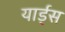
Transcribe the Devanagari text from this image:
यार्ड्‌स